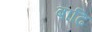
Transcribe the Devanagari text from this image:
बाढि